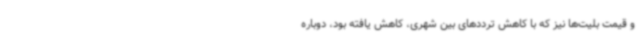
و قیمت بلیت‌ها نیز که با کاهش ترددهای بین شهری، کاهش یافته بود، دوباره